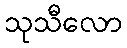
သုသီလော